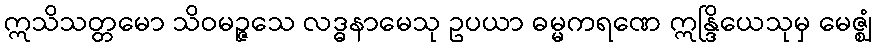
ဣသိသတ္တမော သိဝမဉ္ဇသေ လဒ္ဓနာမေသု ဥပယာ ဓမ္မကရဏေ ဣန္ဒြိယေသုမှ မေဇ္ဈံ